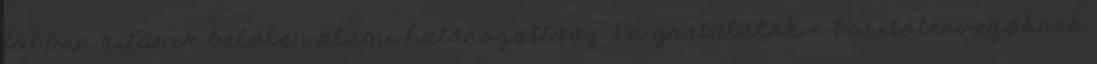
jobban kitűnik belőle valami határozottság. Én gratulálok a borítótervezőknek